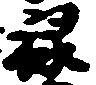
禄